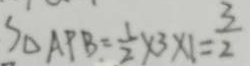
S _ { \Delta A P B } = \frac { 1 } { 2 } \times 3 \times 1 = \frac { 3 } { 2 }